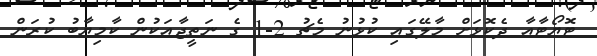
ޓޮޔޯޓާއާ ދެކޮޅަށް މާލޭގައި ކުޅުނު މެޗު 2-1 ގެ ނަތީޖާއަކުން ކާމިޔާބު ކުރަން